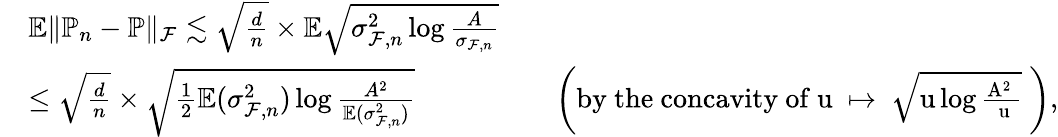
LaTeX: \begin{array}{r}{\begin{array}{rlrl}&{\mathbb{E}\| \mathbb{P}_{n}-\mathbb{P}\| _{\mathcal{F}}\lesssim\sqrt{\frac{d}{n}}\times\mathbb{E}\sqrt{\sigma_{\mathcal{F},n}^{2}\log{\frac{A}{\sigma_{\mathcal{F},n}}}}}\\ &{\le\sqrt{\frac{d}{n}}\times\sqrt{{\frac{1}{2}}\mathbb{E}(\sigma_{\mathcal{F},n}^{2})\log{\frac{A^{2}}{\mathbb{E}(\sigma_{\mathcal{F},n}^{2})}}}}&&{\left(\mathrm{by~the~concavity~of~u~\mapsto~\sqrt{u\log{\frac{A^2~}{~u}}}~}\right),}\end{array}}\end{array}